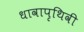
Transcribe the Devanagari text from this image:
धावापृथिवी